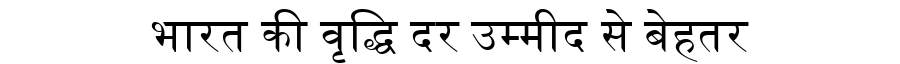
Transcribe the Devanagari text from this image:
भारत की वृद्धि दर उम्मीद से बेहतर